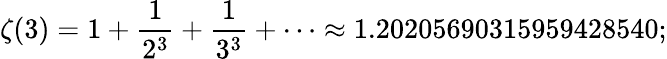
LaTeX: \zeta(3)=1+{\frac{1}{2^{3}}}+{\frac{1}{3^{3}}}+\cdots\approx 1.20205690315959428540;